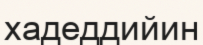
хадеддийин